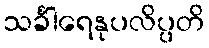
သင်္ခါရေနုပလိပ္ပတိ